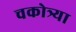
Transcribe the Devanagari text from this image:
चकोत्र्या